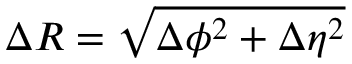
\Delta R = \sqrt { \Delta \phi ^ { 2 } + \Delta \eta ^ { 2 } }